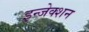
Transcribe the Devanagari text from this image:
इन्‍जेक्‍शन